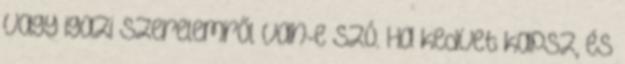
vagy igazi szerelemről van-e szó. Ha kedvet kapsz, és